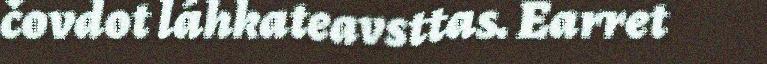
čovdot láhkateavsttas. Earret